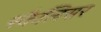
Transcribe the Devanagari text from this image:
स्कैलिसर